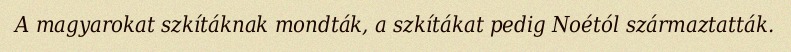
A magyarokat szkítáknak mondták, a szkítákat pedig Noétól származtatták.